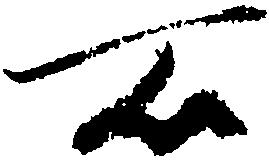
所